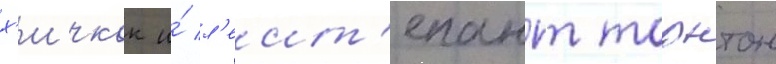
х'ичкок и́ л'еит'енант торнтон